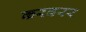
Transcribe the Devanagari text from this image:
करवरर